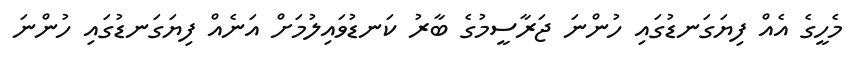
މެހީގެ އެއް ފިޔަގަނޑުގައި ހުންނަ ޖަރާސީމުގެ ބާރު ކަނޑުވައިލުމަށް އަނެއް ފިޔަގަނޑުގައި ހުންނަ